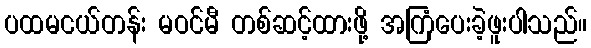
ပထမငယ်တန်း မဝင်မီ တစ်ဆင့်ထားဖို့ အကြံပေးခဲ့ဖူးပါသည်။